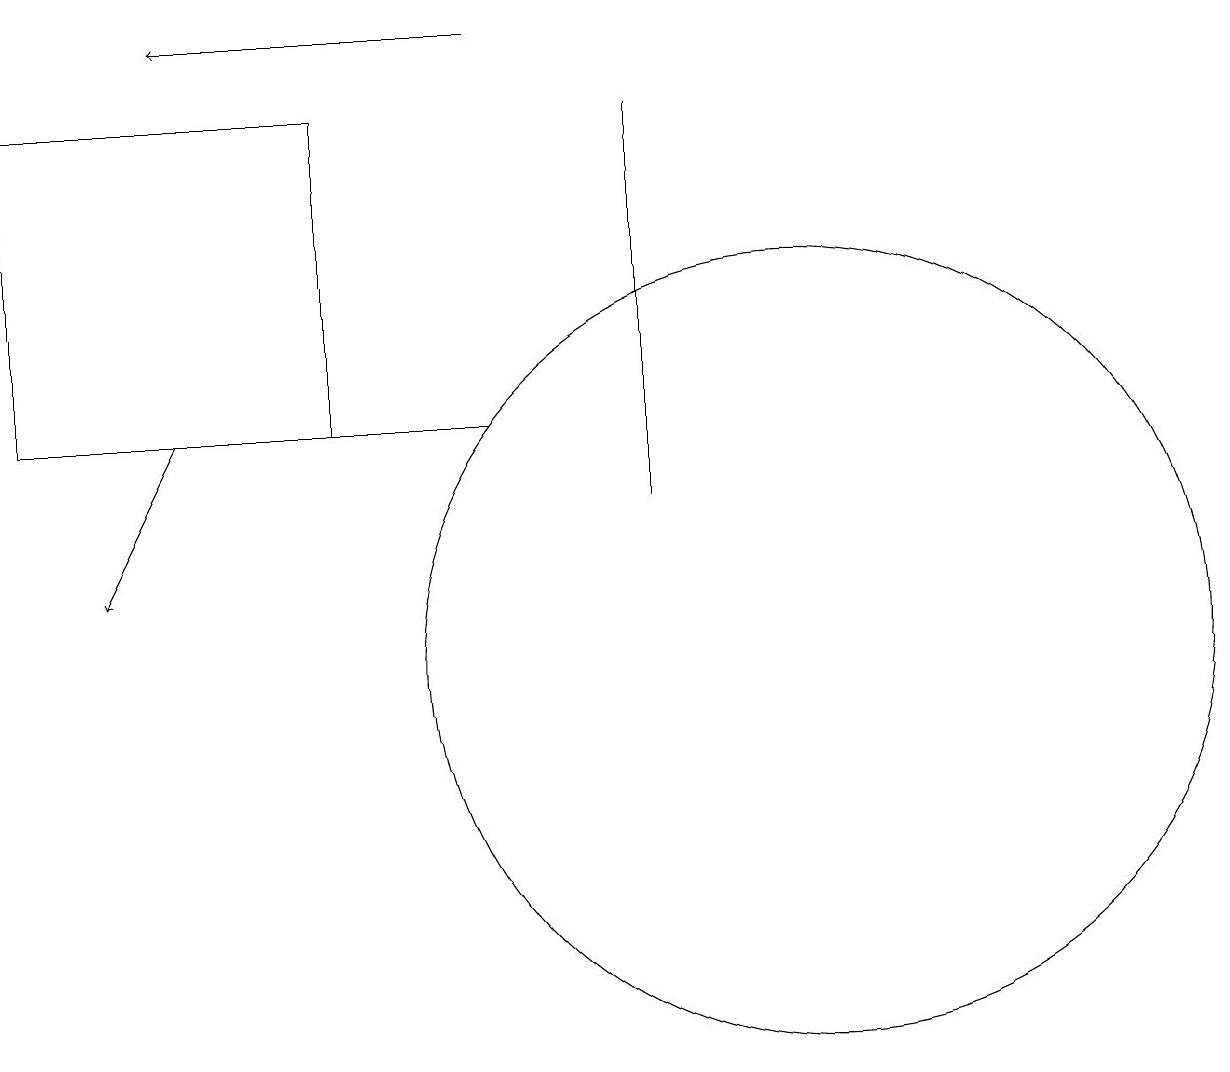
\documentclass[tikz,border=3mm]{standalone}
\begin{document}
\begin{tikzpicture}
\draw[->] (6,19) -- (2,19);
\draw (10,11) circle (5);
\draw (0,14) rectangle (4,18);
\draw (8,13) rectangle (8,18);
\draw (11,10) circle (0);
\draw[->] (2,14) -- (1,12);
\draw (6,14) rectangle (2,14);
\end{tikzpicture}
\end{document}